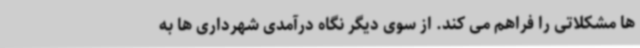
ها مشکلاتی را فراهم می کند. از سوی دیگر نگاه درآمدی شهرداری ها به